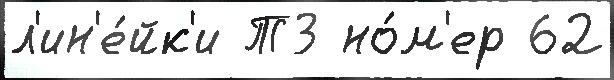
л'ин'е́йк'и Т3 но́м'ер 62